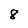
Character: 8